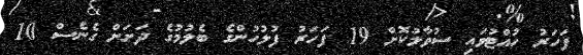
ފަހަރު ހުއްޓުވައި ސުވާލުކޮށް 19 ފަހަރު ފުލުހުންގެ ބެލުމުގެ ދަށަށް ގެނެސް 10